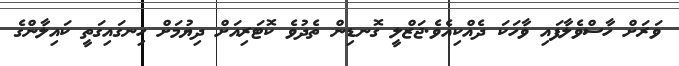
ވަރަށް ހާސްވެލާފައި ވާހަކަ ދެއްކިއެވެ.ޖަޒްލީ ގޮނޑިން ތެދުވެ ކޮޓަރިއަށް ދިޔުމަށް ހިނގައިގަތީ ކައިލާންގެ